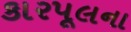
કારપૂલના